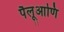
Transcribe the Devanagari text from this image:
पैलूआणि